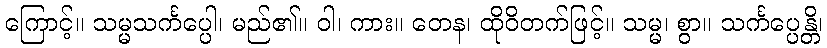
ကြောင့်။ သမ္မသင်္ကပ္ပေါ၊ မည်၏။ ဝါ၊ ကား။ တေန၊ ထိုဝိတက်ဖြင့်။ သမ္မ၊ စွာ။ သင်္ကပ္ပေန္တိ၊